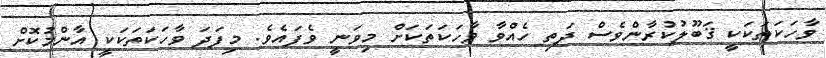
ވާހަކަތަކަކީ ޤަބޫލުކުރާންވެސް ދަތި ހެއްވާ ވާހަކަތަކަށް މިވަނީ ވެފައެވެ. މިފަދަ ވާހަކަތަކަކީ އާންމުކޮށް